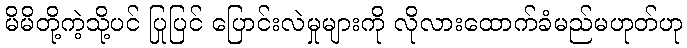
မိမိတို့ကဲ့သို့ပင် ပြုပြင် ပြောင်းလဲမှုများကို လိုလားထောက်ခံမည်မဟုတ်ဟု